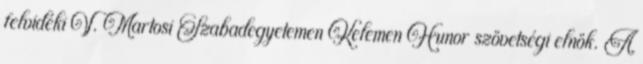
felvidéki V. Martosi Szabadegyetemen Kelemen Hunor szövetségi elnök. A